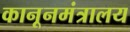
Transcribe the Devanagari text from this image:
कानूनमंत्रालय